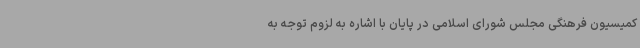
کمیسیون فرهنگی مجلس شورای اسلامی در پایان با اشاره به لزوم توجه به